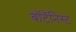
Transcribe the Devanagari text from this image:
बॉटॅनिस्ट